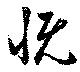
慨